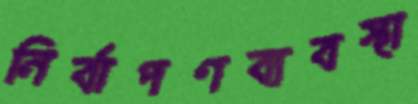
নির্বাপণব্যবস্থা